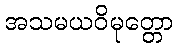
အသမယဝိမုတ္တော